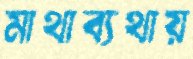
মাথাব্যথায়